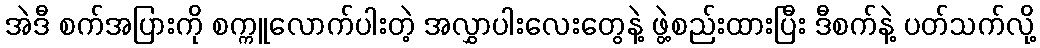
အဲဒီ စက်အပြားကို စက္ကူလောက်ပါးတဲ့ အလွှာပါးလေးတွေနဲ့ ဖွဲ့စည်းထားပြီး ဒီစက်နဲ့ ပတ်သက်လို့